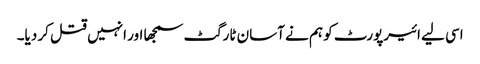
اسی لیے ائیرپورٹ کو ہم نے آسان ٹارگٹ سمجھا اور انہیں قتل کر دیا۔